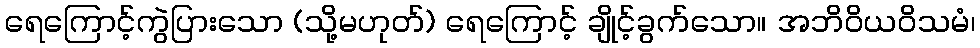
ရေကြောင့်ကွဲပြားသော (သို့မဟုတ်) ရေကြောင့် ချိုင့်ခွက်သော။ အဘိဝိယဝိသမံ၊